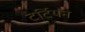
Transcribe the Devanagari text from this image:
टर्टियन